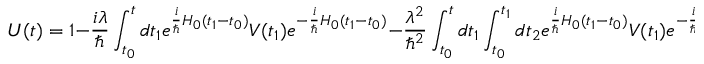
U ( t ) = 1 - { \frac { i \lambda } { \hbar } } \int _ { t _ { 0 } } ^ { t } d t _ { 1 } e ^ { { \frac { i } { \hbar } } H _ { 0 } ( t _ { 1 } - t _ { 0 } ) } V ( t _ { 1 } ) e ^ { - { \frac { i } { \hbar } } H _ { 0 } ( t _ { 1 } - t _ { 0 } ) } - { \frac { \lambda ^ { 2 } } { \hbar ^ { 2 } } } \int _ { t _ { 0 } } ^ { t } d t _ { 1 } \int _ { t _ { 0 } } ^ { t _ { 1 } } d t _ { 2 } e ^ { { \frac { i } { \hbar } } H _ { 0 } ( t _ { 1 } - t _ { 0 } ) } V ( t _ { 1 } ) e ^ { - { \frac { i } { \hbar } } H _ { 0 } ( t _ { 1 } - t _ { 0 } ) } e ^ { { \frac { i } { \hbar } } H _ { 0 } ( t _ { 2 } - t _ { 0 } ) } V ( t _ { 2 } ) e ^ { - { \frac { i } { \hbar } } H _ { 0 } ( t _ { 2 } - t _ { 0 } ) } + \cdots